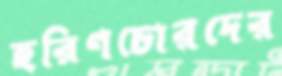
হরিণচোরদের